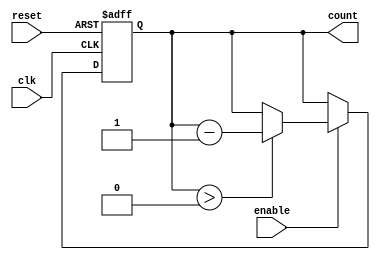
module MemoryBlocksDownCounter #(
    parameter N = 8 // You can change this parameter to set the initial value (max count value).
) (
    input wire clk,       // Clock signal
    input wire reset,     // Asynchronous reset signal
    input wire enable,    // Enable signal for counting operation
    output reg [N-1:0] count // Current count value output
);

    // Initialize the count to N on reset
    always @(posedge clk or posedge reset) begin
        if (reset) begin
            count <= N; // Reset to initial value N
        end else if (enable) begin
            if (count > 0) begin
                count <= count - 1; // Decrement count if greater than zero
            end
            // If count is already zero, it will remain at zero
        end
        // If enable is not asserted, the count retains its value
    end

endmodule